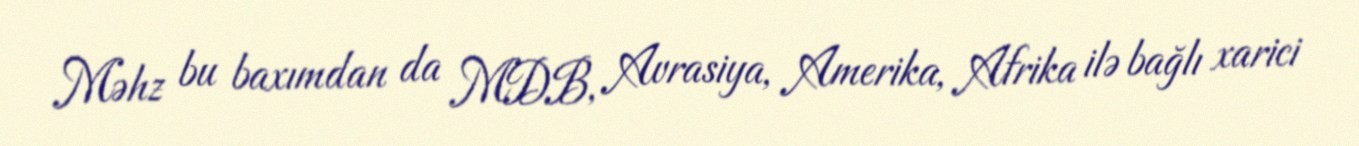
Məhz bu baxımdan da MDB, Avrasiya, Amerika, Afrika ilə bağlı xarici